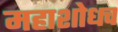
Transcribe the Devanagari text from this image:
महाशोधच